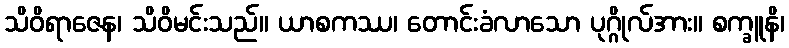
သိဝိရာဇေန၊ သိဝိမင်းသည်။ ယာစကဿ၊ တောင်းခံလာသော ပုဂ္ဂိုလ်အား။ စက္ခူနိ၊